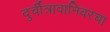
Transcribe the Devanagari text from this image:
दुर्चीत्रावानिवरचा